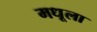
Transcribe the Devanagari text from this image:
मधूला